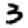
Digit: 3